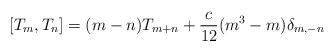
LaTeX: \begin{align*}[T_m,T_n]=(m-n)T_{m+n}+{c\over 12}(m^3-m)\delta_{m,-n}\end{align*}